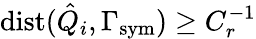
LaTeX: \mathrm{dist}(\hat{Q}_{i},\Gamma_{\mathrm{{sym}}})\geq C_{r}^{-1}